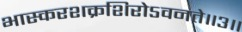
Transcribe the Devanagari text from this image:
भास्करशक्रशिरोऽवनते॥३॥